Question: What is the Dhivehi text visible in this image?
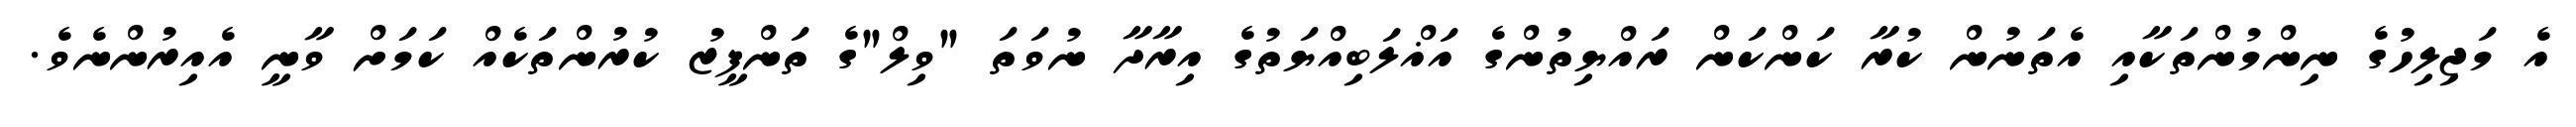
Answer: އެ މަޖިލިހުގެ ނިންމުންތަކާއި އެތަނުން ކުރާ ކަންކަން ރައްޔިތުންގެ އަޣްލަބިއްޔަތުގެ އިރާދާ ނުވަތަ "ވިލް"ގެ ތަންފީޒު ކުރުންތަކެއް ކަމަށް ވާނީ އެއިރުންނެވެ.